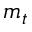
m _ { t }